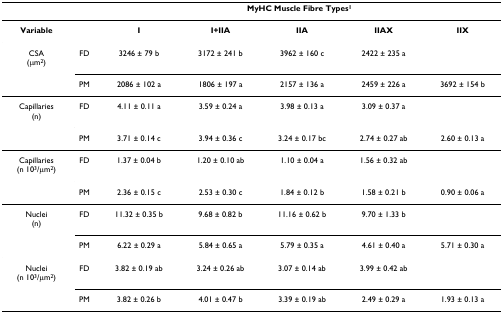
<table><thead><tr><td></td><td></td><td colspan="5"><b>MyHC Muscle Fibre Types<sup>1</sup></b></td></tr></thead><tbody><tr><td><b>Variable</b></td><td></td><td><b>I</b></td><td><b>I+IIA</b></td><td><b>IIA</b></td><td><b>IIAX</b></td><td><b>IIX</b></td></tr><tr><td>CSA(μm<sup>2</sup>)</td><td>FD</td><td>3246 ± 79 b</td><td>3172 ± 241 b</td><td>3962 ± 160 c</td><td>2422 ± 235 a</td><td></td></tr><tr><td></td><td>PM</td><td>2086 ± 102 a</td><td>1806 ± 197 a</td><td>2157 ± 136 a</td><td>2459 ± 226 a</td><td>3692 ± 154 b</td></tr><tr><td>Capillaries(n)</td><td>FD</td><td>4.11 ± 0.11 a</td><td>3.59 ± 0.24 a</td><td>3.98 ± 0.13 a</td><td>3.09 ± 0.37 a</td><td></td></tr><tr><td></td><td>PM</td><td>3.71 ± 0.14 c</td><td>3.94 ± 0.36 c</td><td>3.24 ± 0.17 bc</td><td>2.74 ± 0.27 ab</td><td>2.60 ± 0.13 a</td></tr><tr><td>Capillaries(n 10<sup>3</sup>/μm<sup>2</sup>)</td><td>FD</td><td>1.37 ± 0.04 b</td><td>1.20 ± 0.10 ab</td><td>1.10 ± 0.04 a</td><td>1.56 ± 0.32 ab</td><td></td></tr><tr><td></td><td>PM</td><td>2.36 ± 0.15 c</td><td>2.53 ± 0.30 c</td><td>1.84 ± 0.12 b</td><td>1.58 ± 0.21 b</td><td>0.90 ± 0.06 a</td></tr><tr><td>Nuclei(n)</td><td>FD</td><td>11.32 ± 0.35 b</td><td>9.68 ± 0.82 b</td><td>11.16 ± 0.62 b</td><td>9.70 ± 1.33 b</td><td></td></tr><tr><td></td><td>PM</td><td>6.22 ± 0.29 a</td><td>5.84 ± 0.65 a</td><td>5.79 ± 0.35 a</td><td>4.61 ± 0.40 a</td><td>5.71 ± 0.30 a</td></tr><tr><td>Nuclei(n 10<sup>3</sup>/μm<sup>2</sup>)</td><td>FD</td><td>3.82 ± 0.19 ab</td><td>3.24 ± 0.26 ab</td><td>3.07 ± 0.14 ab</td><td>3.99 ± 0.42 ab</td><td></td></tr><tr><td></td><td>PM</td><td>3.82 ± 0.26 b</td><td>4.01 ± 0.47 b</td><td>3.39 ± 0.19 ab</td><td>2.49 ± 0.29 a</td><td>1.93 ± 0.13 a</td></tr></tbody></table>